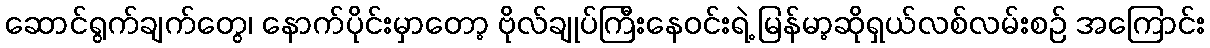
ဆောင်ရွက်ချက်တွေ၊ နောက်ပိုင်းမှာတော့ ဗိုလ်ချုပ်ကြီးနေဝင်းရဲ့ မြန်မာ့ဆိုရှယ်လစ်လမ်းစဉ် အကြောင်း